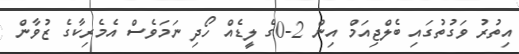
އިތުރު ވަގުތުގައި ބެލްޖިއަމް އިން 2-0ގެ ލީޑެއް ހޯދި ނަމަވެސް އެމެރިކާގެ ޒުވާން